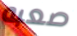
صعبه